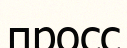
просс